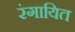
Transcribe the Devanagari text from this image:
रंगायित